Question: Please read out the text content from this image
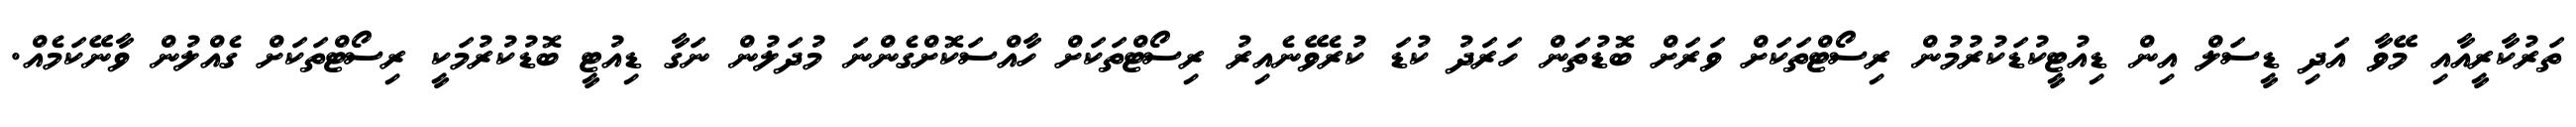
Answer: ތަރުކާރީއާއި މޭވާ އަދި ޑީސަލް އިން ޑިއުޓީކުޑަކުރުމުން ރިސޯޓްތަކަށް ވަރަށް ބޮޑުތަން ހަރަދު ކުޑަ ކުރެވޭނެއިރު ރިސޯޓްތަކަށް ހާއްސަކޮށްގެންނަ މުދަލުން ނަގާ ޑިއުޓީ ބޮޑުކުރުމަކީ ރިސޯޓްތަކަށް ގެއްލުން ވާނޭކަމެއް.